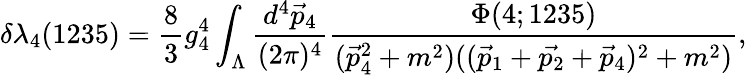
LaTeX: {\delta}{\lambda}_{4}(1235)=\frac{8}{3}g_{4}^{4}\int_{{\Lambda}}\frac{d^{4}\vec{p}_{4}}{(2{\pi})^{4}}\frac{{\Phi}(4;1235)}{(\vec{p}_{4}^{2}+m^{2})((\vec{p}_{1}+\vec{p_{2}}+\vec{p}_{4})^{2}+m^{2})},